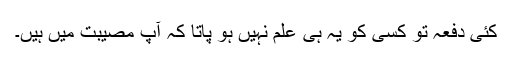
کئی دفعہ تو کسی کو یہ ہی علم نہیں ہو پاتا کہ آپ مصیبت میں ہیں۔